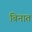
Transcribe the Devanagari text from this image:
बिनात